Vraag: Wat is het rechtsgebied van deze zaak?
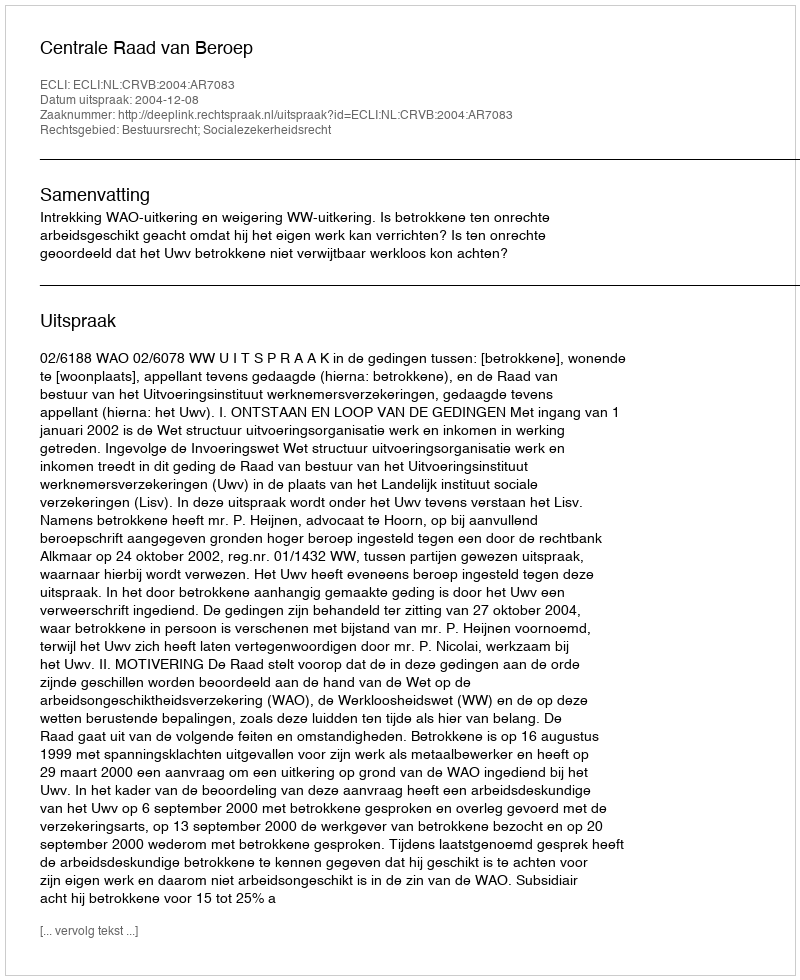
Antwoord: Bestuursrecht; Socialezekerheidsrecht